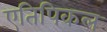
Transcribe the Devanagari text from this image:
एतिपिकल